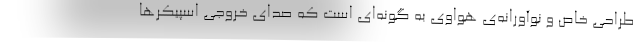
طراحی خاص و نوآورانه‌ی هواوی به گونه‌ای است که صدای خروجی اسپیکرها